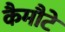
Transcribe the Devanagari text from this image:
कैमौटे